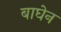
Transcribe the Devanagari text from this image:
बाघेन